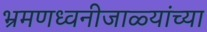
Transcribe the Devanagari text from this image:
भ्रमणध्वनीजाळ्यांच्या